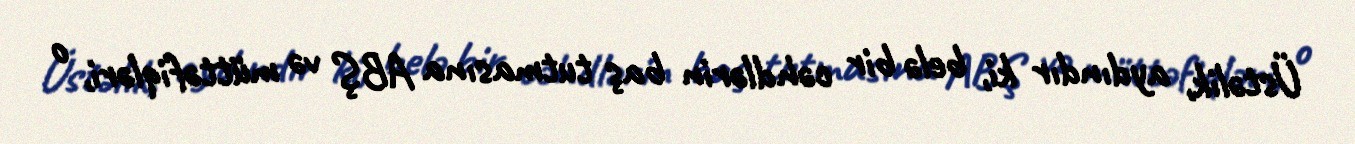
Üstəlik, aydındır ki, belə bir cəhdlərin baş tutmasına ABŞ və müttəfiqləri, o